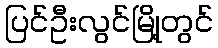
ပြင်ဦးလွင်မြို့တွင်